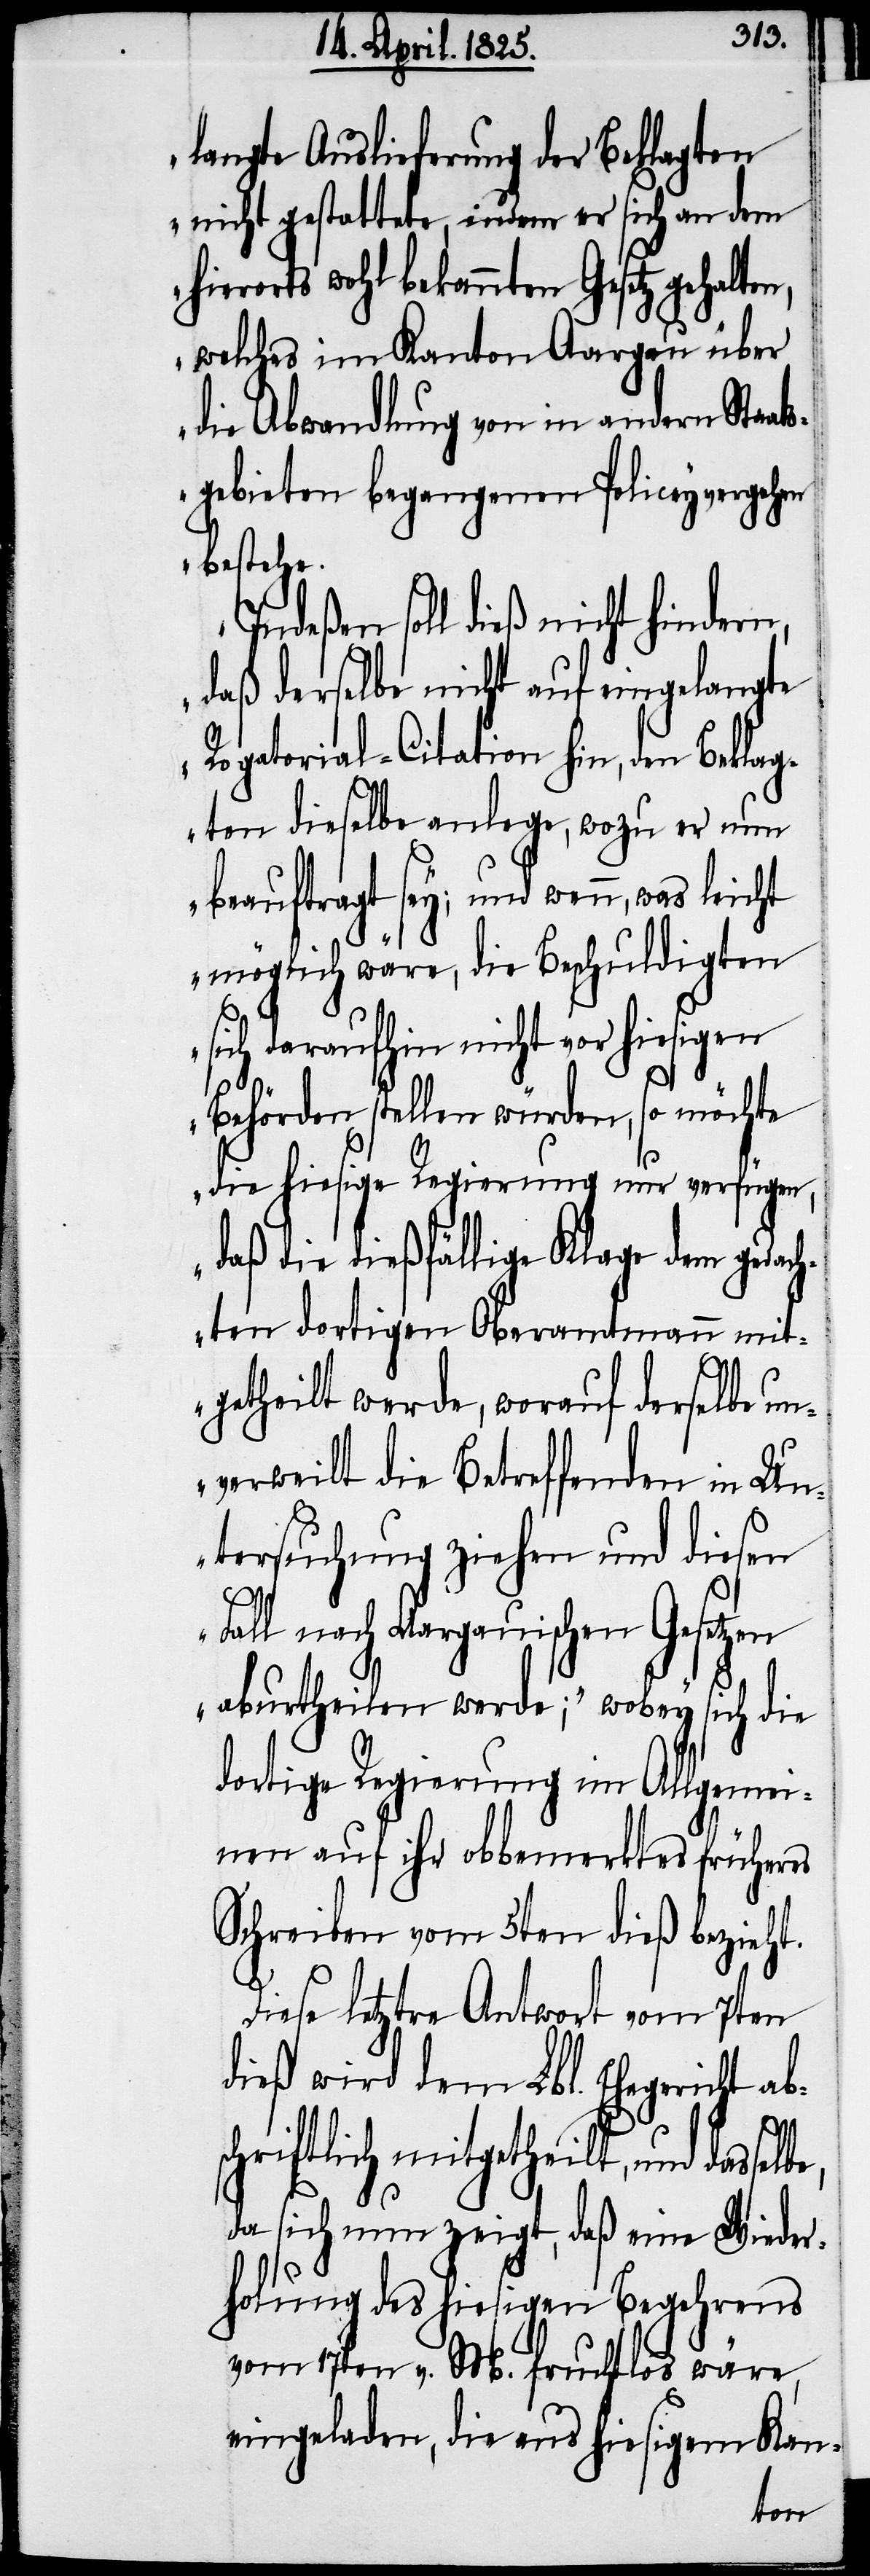
langte Auslieferung der Beklagten
nicht gestattete, indem er sich an dem
hierorts wohl bekannten Gesetz gehalte¬
welches im Kanton Aargau über
die Abwandlung von in andern Staat¬
sgebieten begangenen Policeyvergehen
bestehe.
Indeßen soll dieß nicht hindern,
daß derselbe nicht auf eingelangte
Rogatorial-Citation hin, den Beklag¬
ten dieselbe anlege, wozu er nun
beauftragt sey; und wenn, was leicht
möglich wäre, die Beschuldigten
sich daraufhin nicht vor hiesigen
Behörden stellen würden, so möchte
die hiesige Regierung nur verfügen,
daß die dießfällige Klage dem gedach¬
ten dortigen Oberamtmann mit¬
getheilt werde, worauf derselbe un¬
verweilt die Betreffenden in Un¬
tersuchung ziehen und diesen
Fall nach Aargauischen Gesetzen
aburtheilen werde;“ wobey sich die
dortige Regierung im Allgemei¬
s¬
nen auf ihr obbemerktes früheres
Schreiben vom 5ten dieß bezieht.
Diese letztre Antwort vom 7ten
dieß wird dem Lbl. Ehegericht ab¬
chriftlich mitgetheilt, und
da sich nun zeigt, daß eine Wieder¬
holung des hiesigen Begehrens
vom 17ten v. M. fruchtlos wäre,
eingeladen, die aus hiesigem Kan-